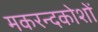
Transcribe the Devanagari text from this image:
मकरन्दकोशों